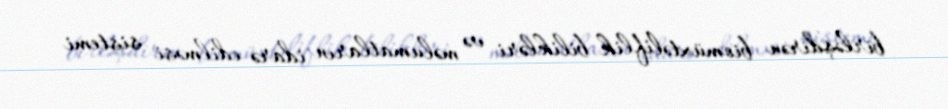
birləşdirən biomüxtəliflik bilikləri və məlumatların idarə edilməsi sistemi